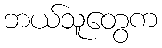
ဘယ်သူတွေက